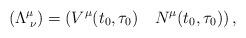
LaTeX: \begin{align*}(\Lambda^\mu_{\;\nu})=\left(V^\mu(t_0,\tau_0)\quad N^\mu(t_0,\tau_0)\right),\end{align*}